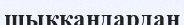
шыққандардан